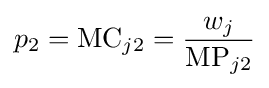
p_{2}={\text{MC}}_{j2}={\frac {w_{j}}{{\text{MP}}_{j2}}}